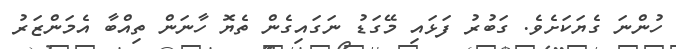
ހުންނަ ގެޔަކަށެވެ. ގަބުރު ފަޅައި މޭގަޑު ނަގައިގެން ތެޔޮ ހާނަން ތިއްބާ އެމަންޒަރު